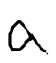
Text: a
Cross-out: clean
Writing tool: digital_black